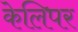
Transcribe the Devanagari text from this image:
केलिपर